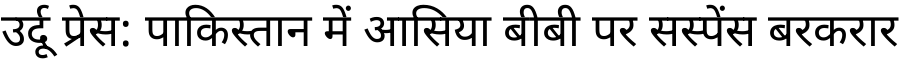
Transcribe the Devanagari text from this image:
उर्दू प्रेस: पाकिस्तान में आसिया बीबी पर सस्पेंस बरकरार